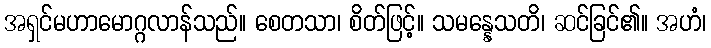
အရှင်မဟာမောဂ္ဂလာန်သည်။ စေတသာ၊ စိတ်ဖြင့်။ သမန္နေသတိ၊ ဆင်ခြင်၏။ အဟံ၊